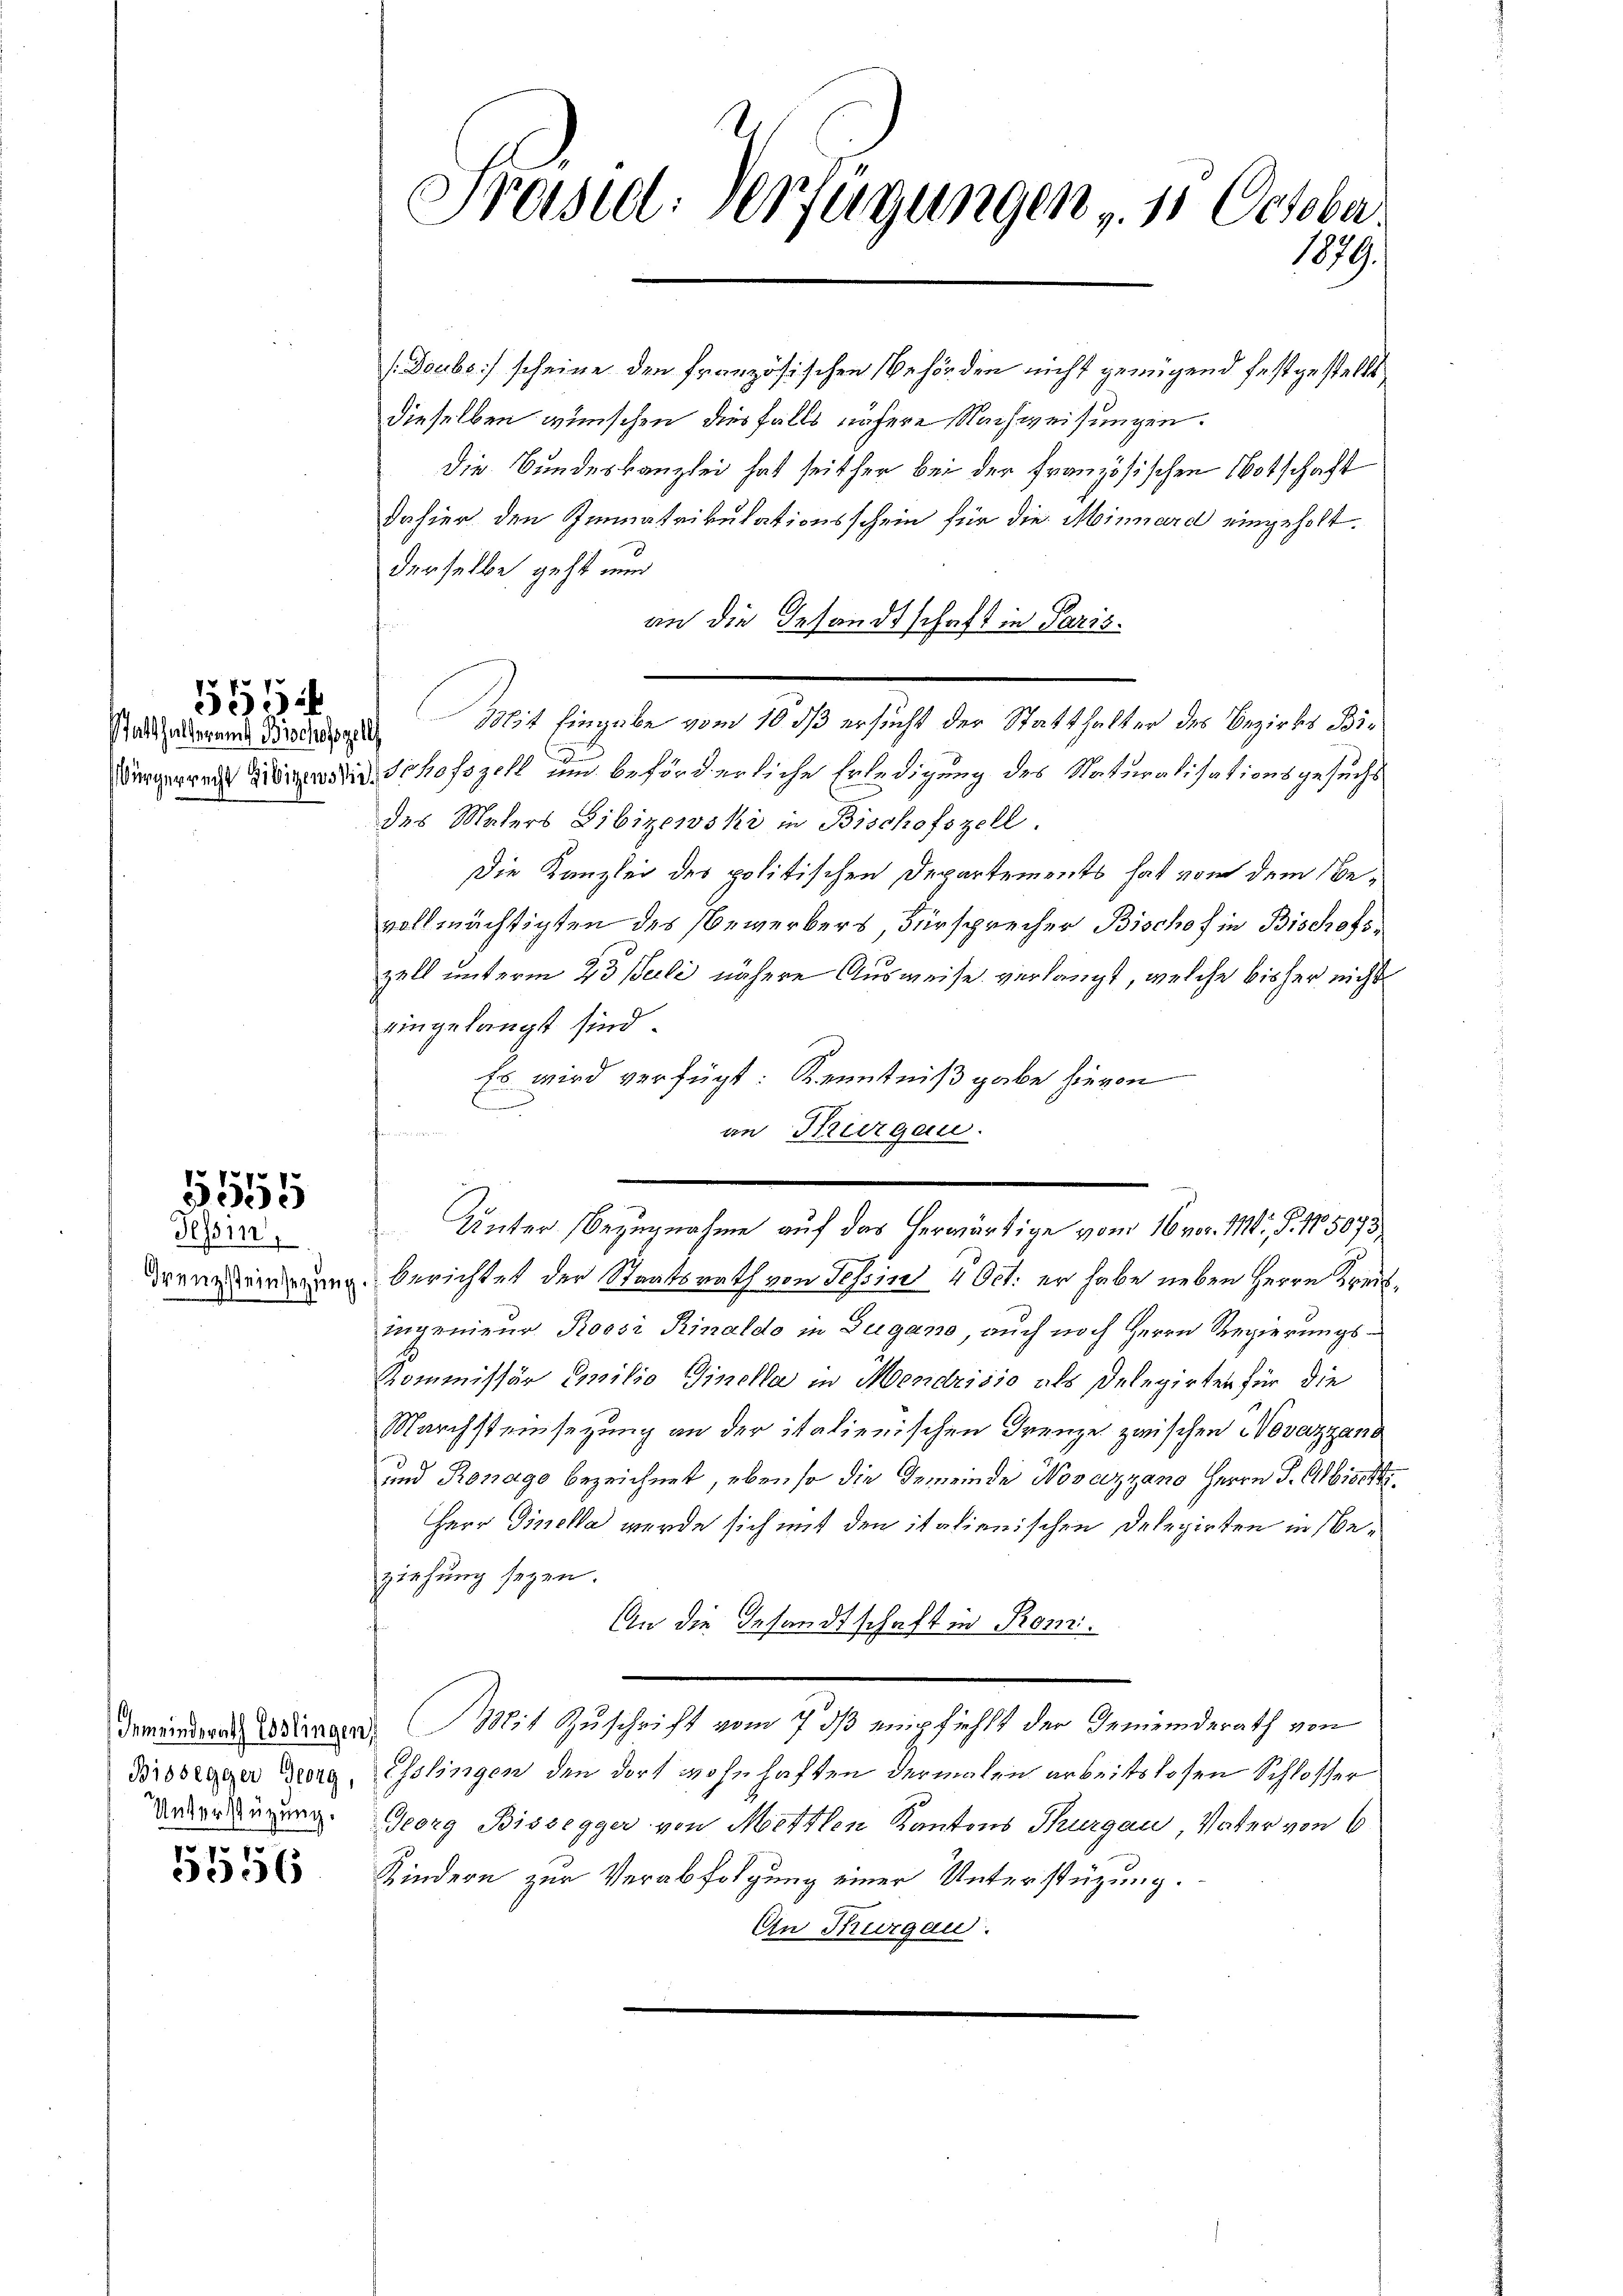
4
355.
Statthalteramt Bischofszell

5555

Tessin,

5556

Präsid. Verfügungen , 11 October
1879.

(Doubs scheine den französischen Behörden nicht genügend festgestellt.
dieselben wünschen diesfalls nähere Nachweisungen.
die Bundeskanzlei hat seither bei der französischen Botschaft
dahier den Immatrikulationsschein für die Minnard eingeholt.
derselbe geht nun
an die Gesandtschaft in Paris.
Mit Eingabe vom 10 dß ersucht der Statthalter des Bezirks Bi¬
Dingerren Wien die Schofszek und beförderliche Erledigung des Naturalisationsgesuchs
des Maters Libizewski in Bischofszell.
Die Kanzlei des politischen Departements hat von dem Bevollmächtigten des Gewerbers, Fürsprecher Bischof in Bischofs
zell unterm 23. Berli nähere Ausweise verlangt, welche bisher nicht
eingelangt sind.
Es wird verfügt: Kenntnißgabe hievon
s
an Thurgau.
Unter Bezugnahme auf das herwärtige vom 16 vor. M., §. 105073
Franz dringung berichtet der Staatsrath von Tessin 4 Oct. er habe neben Herrn Kreisingenieur Roosi Rinaldo in Zugano, auch noch Herrn Regierungs¬
Kommissär Emilio Ginella in Mendrisio als Delegirten für die
Marchsteinsezung an der italienischen Grenze zwischen Novazzand
und Ronago bezeichnet, ebenso die Gemeinde Novazzano Herrn J. Albischt.
Herr Dinella wurde sich mit den italienischen Delegirten in Beziehung seyen.
An die Gesandtschaft in Rom.
demeinderat Dringen. Mit Zuschrift vom 7. dß empfiehlt der Gemeinderath von
Dioslager Georg, Esslingen den dort wohnhaften dermalen arbeitslosen Schlosser
Weder der Georg Bissegger von Mettlen Kantons Thurgau, Vater von 6
Kindern zur Verabfolgung einer Unterstüzung.
An Thurgau.